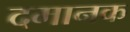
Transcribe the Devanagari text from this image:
दमानक